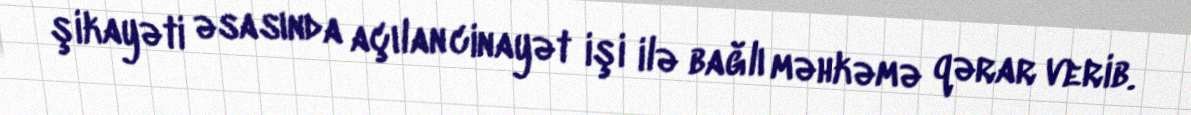
şikayəti əsasında açılan cinayət işi ilə bağlı məhkəmə qərar verib.